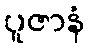
ပူဇာနံ